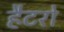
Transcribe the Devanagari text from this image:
हैटरो